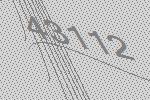
43112